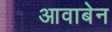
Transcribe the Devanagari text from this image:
आवाबेन